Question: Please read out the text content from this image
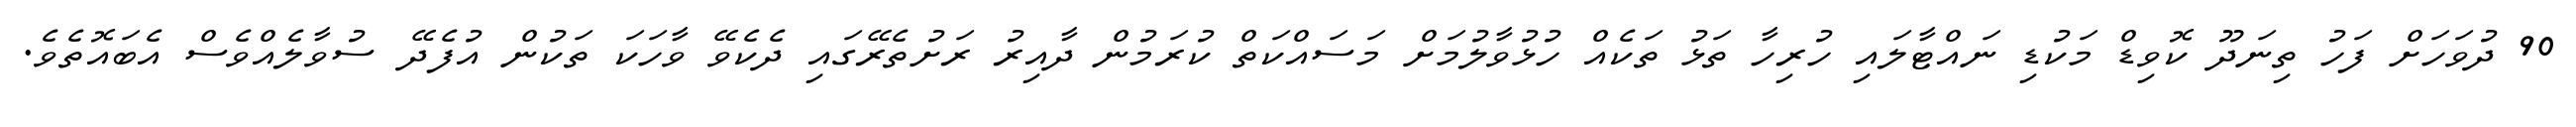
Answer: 90 ދުވަހަށް ފަހު ތިނަދޫ ކޮވިޑް މަކުޑި ނައްޓާލައި ހުރިހާ ތަޅު ތަކެއް ހުޅުވާލުމަށް މަސައްކަތް ކުރަމުން ދާއިރު ރަށުތެރޭގައި ދެކެވޭ ވާހަކަ ތަކުން އުފެދޭ ސުވާލެއްވެސް އެބައޮތެވެ.